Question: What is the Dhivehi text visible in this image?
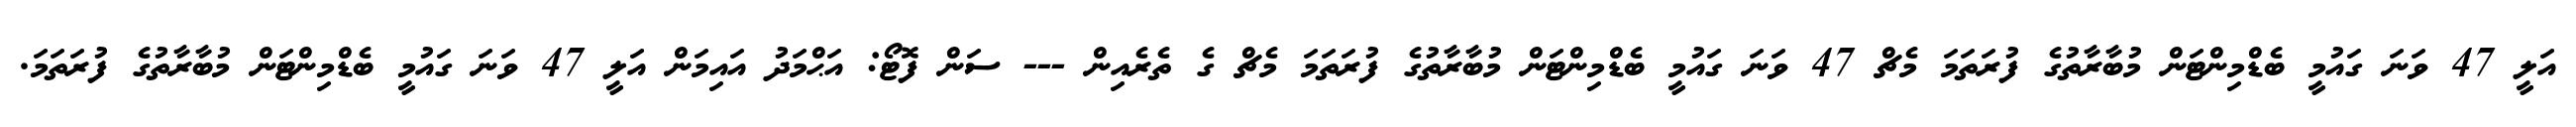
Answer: އަލީ 47 ވަނަ ގައުމީ ބެޑްމިންޓަން މުބާރާތުގެ ފުރަތަމަ މެޗް 47 ވަނަ ގައުމީ ބެޑްމިންޓަން މުބާރާތުގެ ފުރަތަމަ މެޗް ގެ ތެރެއިން --- ސަން ފޮޓޯ: އަޙްމަދު އައިމަން އަލީ 47 ވަނަ ގައުމީ ބެޑްމިންޓަން މުބާރާތުގެ ފުރަތަމަ.